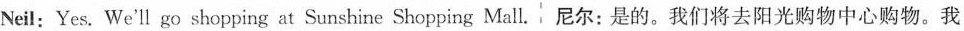
Neil:Yes. We'll go shopping at Sunshine Shopping Mall. 尼尔：是的。我们将去阳光购物中心购物。我